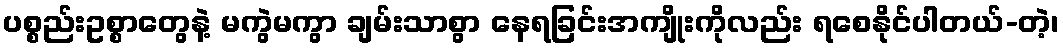
ပစ္စည်းဥစ္စာတွေနဲ့ မကွဲမကွာ ချမ်းသာစွာ နေရခြင်းအကျိုးကိုလည်း ရစေနိုင်ပါတယ်-တဲ့၊